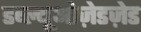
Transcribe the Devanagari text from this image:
डब्ल्यूओज़ेडज़ेड